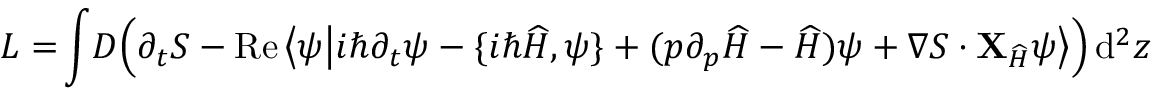
L = \! \int \! D \Big ( \partial _ { t } S - \operatorname { R e } \big \langle \psi \big | i \hbar \partial _ { t } \psi - \{ i \hbar \widehat { H } , \psi \} + ( p \partial _ { p } \widehat { H } - \widehat { H } ) \psi + \nabla S \cdot { \bf X } _ { \widehat { H } } \psi \big \rangle \Big ) \, \mathrm { d } ^ { 2 } z